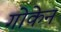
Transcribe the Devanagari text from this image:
गोकेन